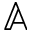
\mathbb { A }